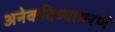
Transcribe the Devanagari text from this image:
अनेकदिव्याभरणं